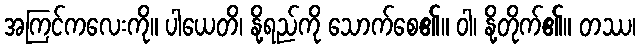
အကြင်ကလေးကို။ ပါယေတိ၊ နို့ရည်ကို သောက်စေ၏။ ဝါ၊ နို့တိုက်၏။ တဿ၊